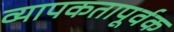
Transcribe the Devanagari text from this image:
व्यापकतापूर्वक